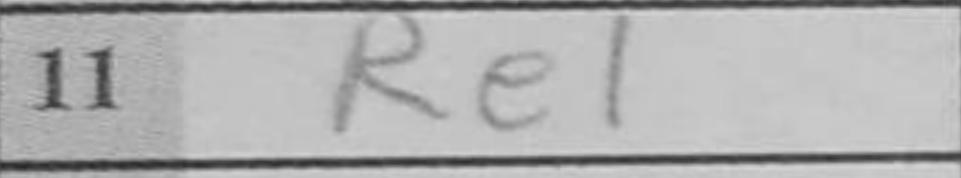
Transcription: Re1